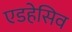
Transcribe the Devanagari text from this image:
एडहेसिव